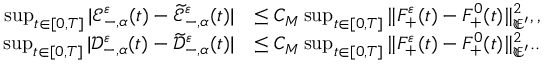
\begin{array} { r l } { \operatorname* { s u p } _ { t \in [ 0 , T ] } | \mathscr E _ { - , \alpha } ^ { \varepsilon } ( t ) - \widetilde { \mathscr E } _ { - , \alpha } ^ { \varepsilon } ( t ) | } & { \leq C _ { M } \operatorname* { s u p } _ { t \in [ 0 , T ] } \| F _ { + } ^ { \varepsilon } ( t ) - F _ { + } ^ { 0 } ( t ) \| _ { \mathfrak E ^ { \prime } } ^ { 2 } , , } \\ { \operatorname* { s u p } _ { t \in [ 0 , T ] } | \mathscr D _ { - , \alpha } ^ { \varepsilon } ( t ) - \widetilde { \mathscr D } _ { - , \alpha } ^ { \varepsilon } ( t ) | } & { \leq C _ { M } \operatorname* { s u p } _ { t \in [ 0 , T ] } \| F _ { + } ^ { \varepsilon } ( t ) - F _ { + } ^ { 0 } ( t ) \| _ { \mathfrak E ^ { \prime } } ^ { 2 } . . } \end{array}